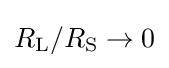
R_{\mathrm {L} }/R_{\mathrm {S} }\to 0